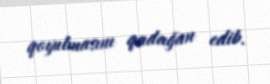
qoyulmasını qadağan edib.